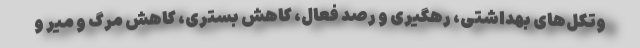
وتکل‌های بهداشتی، رهگیری و رصد فعال، کاهش بستری، کاهش مرگ و میر و